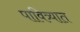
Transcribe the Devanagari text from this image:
पावित्र्यात